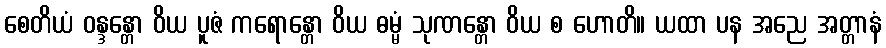
စေတိယံ ဝန္ဒန္တော ဝိယ ပူဇံ ကရောန္တော ဝိယ ဓမ္မံ သုဏန္တော ဝိယ စ ဟောတိ။ ယထာ ပန အညေ အတ္တာနံ